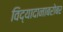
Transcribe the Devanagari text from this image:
विद्यादानाबरोबर